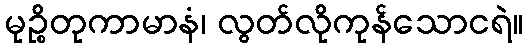
မုဉ္စိတုကာမာနံ၊ လွတ်လိုကုန်သောငရဲ။